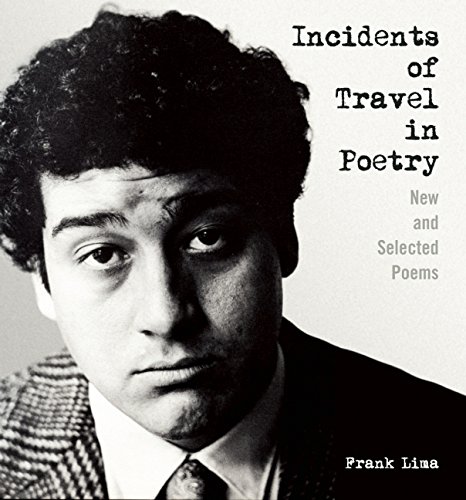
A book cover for Incidents of Travel in Poetry: New and Selected Poems; Frank Lima; Literature & Fiction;